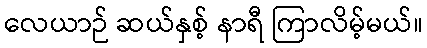
လေယာဉ် ဆယ်နှစ့် နာရီ ကြာလိမ့်မယ်။